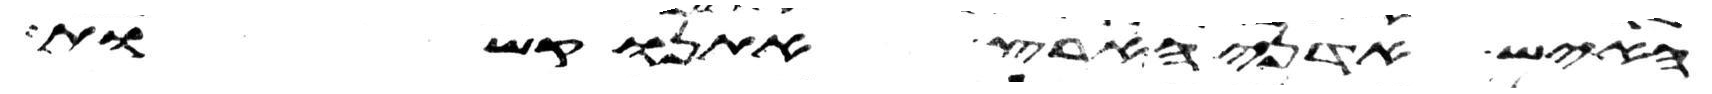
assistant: האיש אדני הארץ אתנו קשות